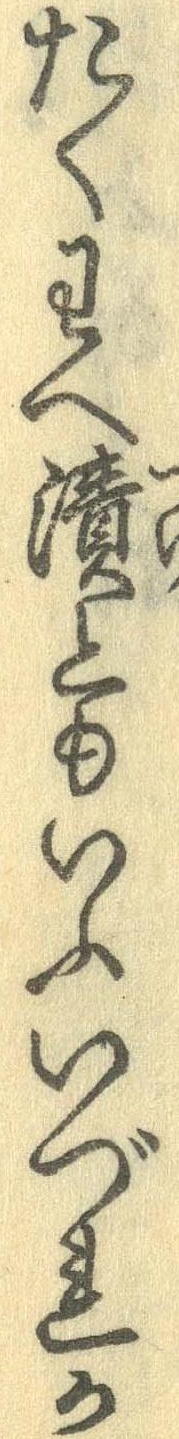
たくわへ漬ともいふいづれか